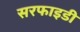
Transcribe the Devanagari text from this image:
सरफाइडी